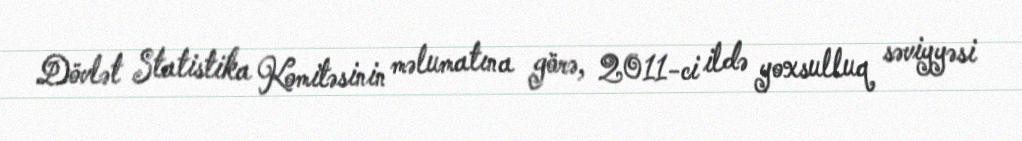
Dövlət Statistika Komitəsinin məlumatına görə, 2011-ci ildə yoxsulluq səviyyəsi